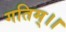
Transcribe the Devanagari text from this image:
गतिम्।।